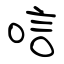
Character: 唁